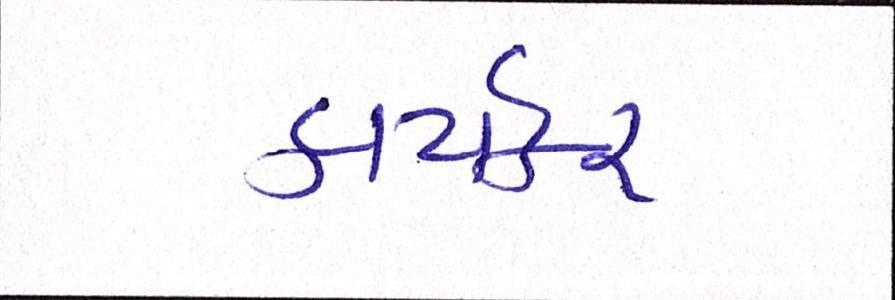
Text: કાર્યકર